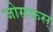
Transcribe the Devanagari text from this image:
जोसफस्